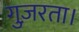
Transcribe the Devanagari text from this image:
गुज़रता।